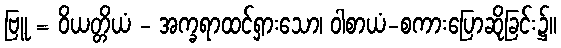
ဗြူ = ဝိယတ္တိယံ - အက္ခရာထင်ရှားသော၊ ဝါစာယံ-စကားပြောဆိုခြင်း၌။